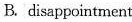
B.disappointment